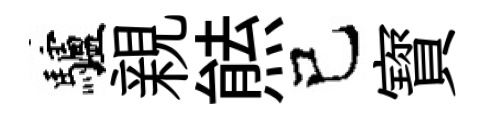
驢親㷱己寳